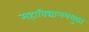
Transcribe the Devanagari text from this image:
महाविद्यालयसुद्धा